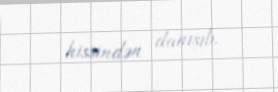
hissindən danışıb.